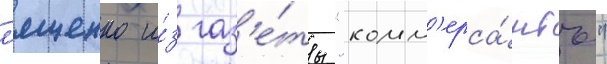
л'ященко и́з газ'е́ты "комм'ерса́нтъ"